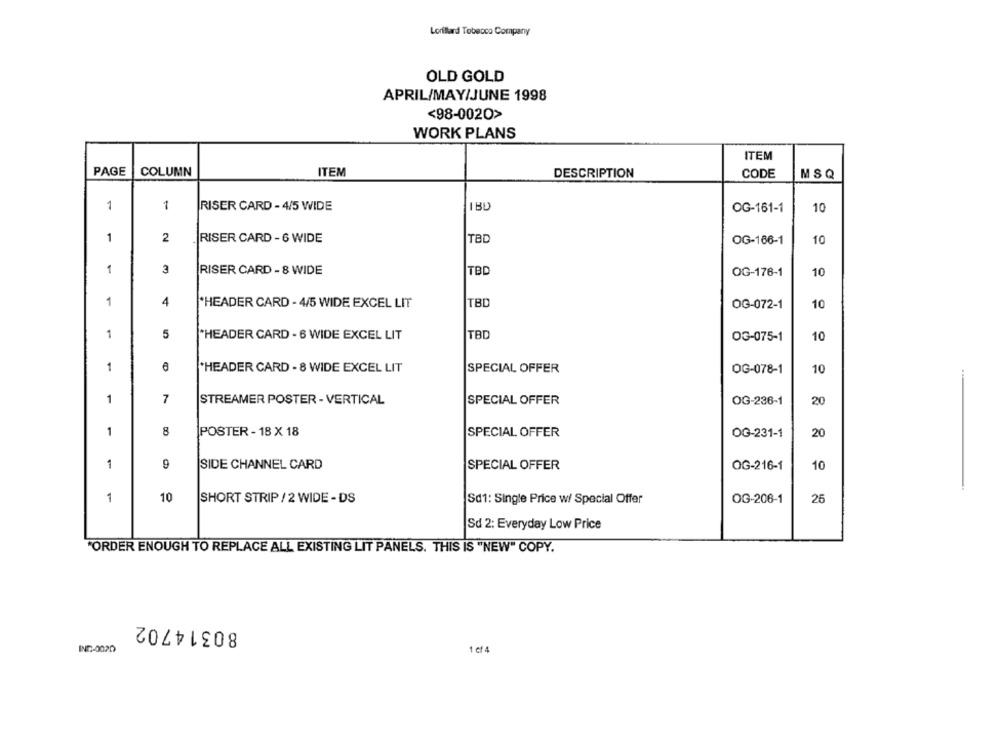
Lorillard Tobacco Company
OLD GOLD
APRIL/MAY/JUNE 1998
<98-0020>
WORK PLANS
ITEM
PAGE
COLUMN
ITEM
DESCRIPTION
CODE
MSQ
1
1
RISER CARD - 4/5 WIDE
10
OG-161-1
1
2
RISER CARD - 6 WIDE
TBD
OG-166-1
10
1
3
RISER CARD - 8 WIDE
TBD
OG-176-1
10
1
4
"HEADER CARD - 4/5 WIDE EXCEL LIT
TBD
OG-072-1
10
1
5
"HEADER CARD - 6 WIDE EXCEL LIT
TBD
OG-075-1
10
1
*HEADER CARD - 8 WIDE EXCEL LIT
SPECIAL OFFER
OG-078-1
10
1
7
STREAMER POSTER - VERTICAL
SPECIAL OFFER
OG-236-1
20
8
POSTER - 18 X 18
1
SPECIAL OFFER
OG-231-1
20
1
9
SIDE CHANNEL CARD
SPECIAL OFFER
OG-216-1
10
1
10
SHORT STRIP / 2 WIDE - DS
Sd1: Single Price w/ Special Offer
OG-206-1
25
Sd 2: Everyday Low Price
"ORDER ENOUGH TO REPLACE ALL EXISTING LIT PANELS. THIS IS "NEW" COPY.
80314702
IND-0020
1 et 4